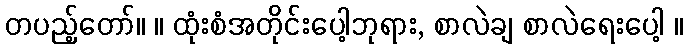
တပည့်တော်။ ။ ထုံးစံအတိုင်းပေါ့ဘုရား, စာလဲချ စာလဲရေးပေါ့ ။